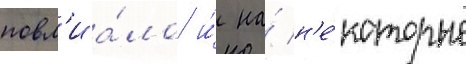
повл'иа́ло и́ на́ н'е́которые